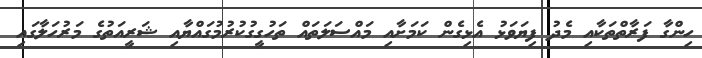
ހިންގާ ފަރާތްތަކާއި މެދު ފިޔަވަޅު އެޅިގެން ކަމަށާއި މައްސަލަތައް ތަހުގީގުކުރުމުގައްޔާއި ޝަރީއަތުގެ މަރުހަލާގައި